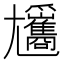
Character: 𡰢